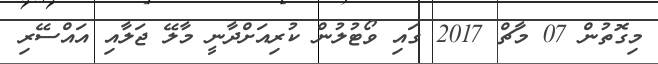
މިގޮތުން 07 މާޗް 2017 ގައި ވޯޓުލުން ކުރިއަށްދާނީ މާލޭ ޖަލާއި އައްސޭރި